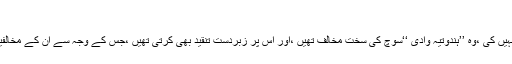
‘‘
لیکن اس کے باوجود انھوں نے اپنے قلم کی روش میں کوئی تبدیلی نہیں کی ،وہ ’’ہندوتیہ وادی ‘‘سوچ کی سخت مخالف تھیں ،اور اس پر زبردست تنقید بھی کرتی تھیں ،جس کے وجہ سے ان کے مخالفین انھیں ہندوستان چھوڑ کر پاکستان جانے کی بھی بات کرتے تھے۔